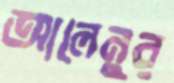
আলেনুর